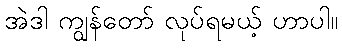
အဲဒါ ကျွန်တော် လုပ်ရမယ့် ဟာပါ။